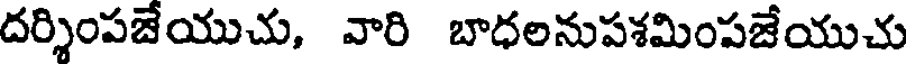
దర్శింపజేయుచు, వారి బాధలనుపశమింపజేయుచు